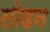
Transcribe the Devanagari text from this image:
लोडन